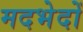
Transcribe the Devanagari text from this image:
मदभेदों